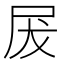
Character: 𭕖